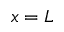
x = L